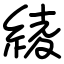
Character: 綾